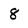
Character: 8